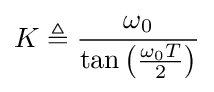
K\triangleq {\frac {\omega _{0}}{\tan \left({\frac {\omega _{0}T}{2}}\right)}}